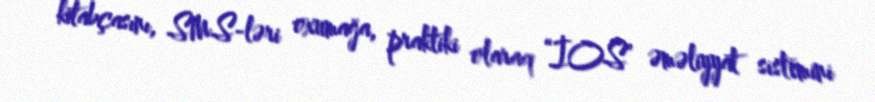
kitabçasını, SMS-ləri oxumağa, praktiki olaraq “İOS” əməliyyat sistemini